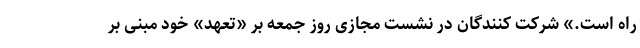
راه است.» شرکت کنندگان در نشست مجازی روز جمعه بر «تعهد» خود مبنی بر